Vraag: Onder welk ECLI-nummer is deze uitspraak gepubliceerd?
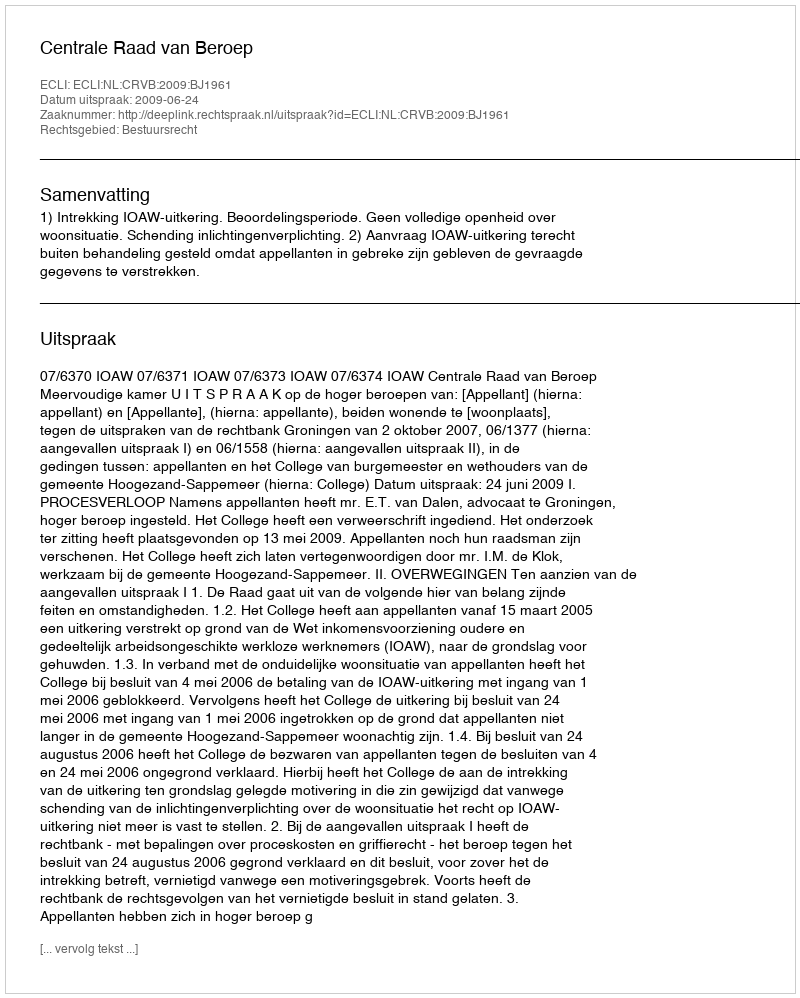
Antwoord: ECLI:NL:CRVB:2009:BJ1961